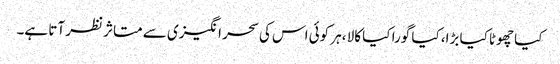
کیا چھوٹا کیا بڑا، کیا گورا کیا کالا ،ہر کوئی اس کی سحر انگیزی سے متاثر نظر آتا ہے۔